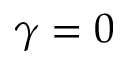
\gamma = 0